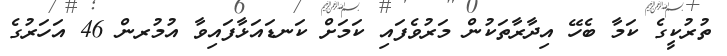
ތުރުކީގެ ކަމާ ބެހޭ އިދާރާތަކުން މަރުވެފައި ކަމަށް ކަނޑައަޅާފައިވާ އުމުރން 46 އަހަރުގެ